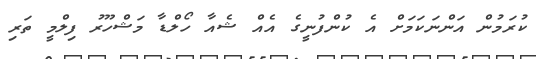
ކުރަމުން އަންނަކަމަށް އެ ކުންފުނީގެ އެއް ޝެއާ ހޯލްޑާ މަޝްހޫރު ފިލްމީ ތަރި